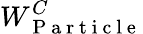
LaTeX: W_{\mathrm{~P~a~r~t~i~c~l~e~}}^{C}